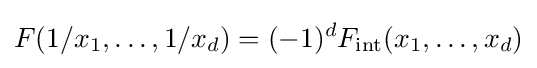
F(1/x_{1},\dots ,1/x_{d})=(-1)^{d}F_{\rm {int}}(x_{1},\dots ,x_{d})